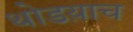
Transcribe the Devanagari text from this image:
थोडय़ाच